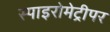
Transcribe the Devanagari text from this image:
स्पाइरोमेट्रीपर